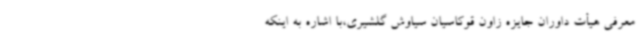
معرفی هیأت داوران جایزه زاون قوکاسیان سیاوش گلشیری،با اشاره به اینکه